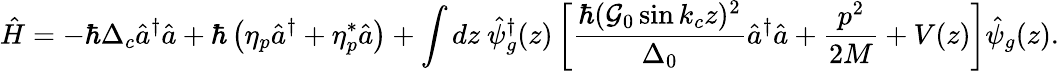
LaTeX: \hat{H}=-\hbar\Delta_{c}\hat{a}^{\dagger}\hat{a}+\hbar\left(\eta_{p}\hat{a}^{\dagger}+\eta_{p}^{*}\hat{a}\right)+\int dz\ \hat{\psi}_{g}^{\dagger}(z)\left[\frac{\hbar(\mathcal{G}_{0}\sin k_{c}z)^{2}}{\Delta_{0}}\hat{a}^{\dagger}\hat{a}+\frac{p^{2}}{2M}+V(z)\right]\hat{\psi}_{g}(z).